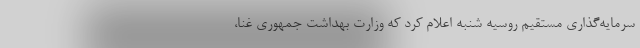
سرمایه‌گذاری مستقیم روسیه شنبه اعلام کرد که وزارت بهداشت جمهوری غنا،‌